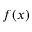
f ( x )